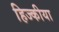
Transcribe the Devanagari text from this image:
हिज्कीया